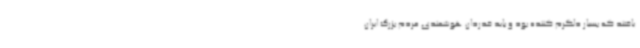
یافتند که بسیار دلگرم کننده بود و باید قدردان هوشمندی مردم بزرگ ایران